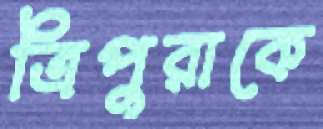
ত্রিপুরাকে